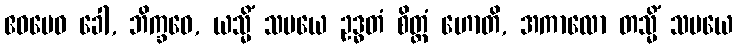
ဧဝမေဝ ခေါ, ဘိက္ခဝေ, ယသ္မိံ သမယေ ဥဒ္ဓတံ စိတ္တံ ဟောတိ, အကာလော တသ္မိံ သမယေ